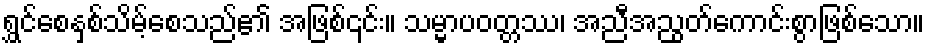
ရွှင်စေနှစ်သိမ့်စေသည်၏ အဖြစ်၎င်း။ သမ္မာပဝတ္တဿ၊ အညီအညွတ်ကောင်းစွာဖြစ်သော။